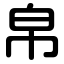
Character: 帛